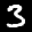
Label: 3